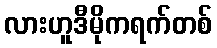
လားဟူဒီမိုကရက်တစ်